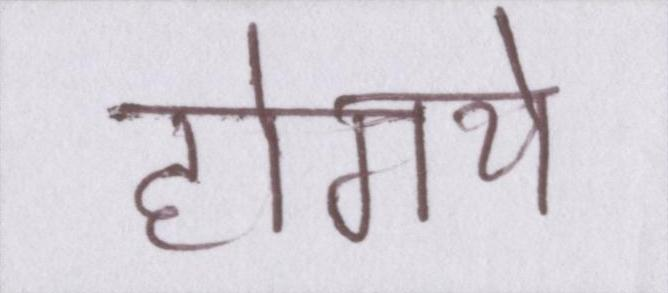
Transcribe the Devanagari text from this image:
होगये